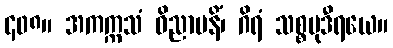
၄၀၈။ အကက္ကသံ ဝိညာပနိံ၊ ဂိရံ သစ္စမုဒီရယေ။